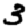
Digit: 3